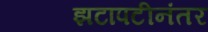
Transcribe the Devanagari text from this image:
झटापटीनंतर